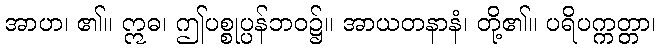
အာဟ၊ ၏။ ဣဓ၊ ဤပစ္စုပ္ပန်ဘဝ၌။ အာယတနာနံ၊ တို့၏။ ပရိပက္ကတ္တာ၊